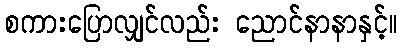
စကားပြောလျှင်လည်း ညောင်နာနာနှင့်။